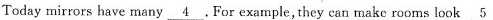
Today mirrors have many \underline{4} . For example, they can make rooms look \underline{5}